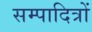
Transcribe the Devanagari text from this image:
सम्पादित्रों